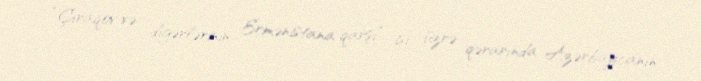
“Çıraqov və digərlərinin Ermənistana qarşı” işi üzrə qərarında Azərbaycanın